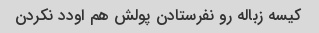
کیسه زباله رو نفرستادن پولش هم اودد نکردن